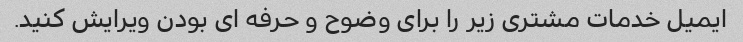
ایمیل خدمات مشتری زیر را برای وضوح و حرفه ای بودن ویرایش کنید.